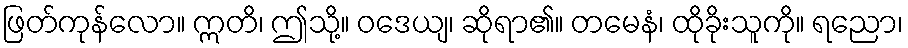
ဖြတ်ကုန်လော။ ဣတိ၊ ဤသို့။ ဝဒေယျ၊ ဆိုရာ၏။ တမေနံ၊ ထိုခိုးသူကို။ ရညော၊